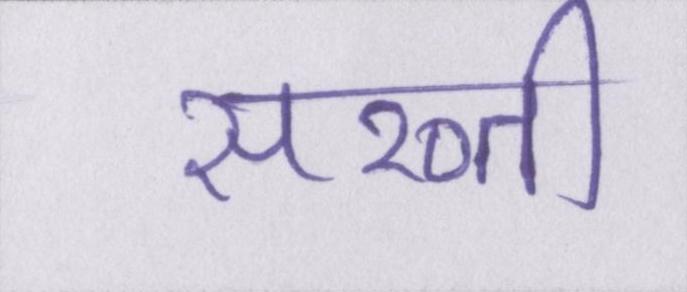
सख्ती